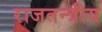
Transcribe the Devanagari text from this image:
राजतन्त्रीय